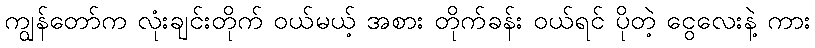
ကျွန်တော်က လုံးချင်းတိုက် ဝယ်မယ့် အစား တိုက်ခန်း ဝယ်ရင် ပိုတဲ့ ငွေလေးနဲ့ ကား